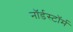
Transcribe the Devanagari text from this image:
नॉर्डस्टॉर्म